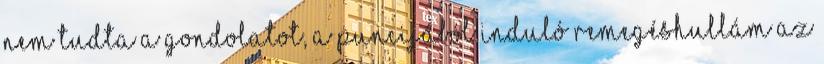
nem tudta a gondolatot, a puncijából induló remegéshullám az